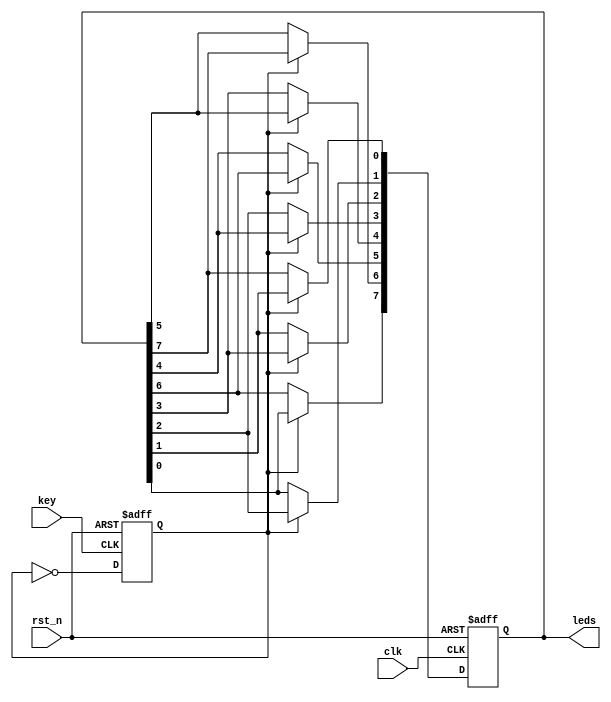
module flowing_led
#(
    parameter LED_WIDTH = 8
)
(
    input wire rst_n,
    input wire clk,
    input wire key,
    output reg[LED_WIDTH-1:0] leds
);

    reg order;

    always @(negedge rst_n, posedge key) begin
        if(!rst_n) order <= 1;
        else 	   order <= ~order;
    end

    always @(negedge rst_n, posedge clk) begin
        if(!rst_n) begin
            leds <= {{(LED_WIDTH){1'b1}},1'b0};
        end
		else if(order) begin
			leds[0] <= leds[1];
			leds[1] <= leds[2];
			leds[2] <= leds[3];
			leds[3] <= leds[4];
			leds[4] <= leds[5];
			leds[5] <= leds[6];
			leds[6] <= leds[7];
			leds[7] <= leds[0];
		end
		else begin
			leds[1] <= leds[0];
			leds[2] <= leds[1];
			leds[3] <= leds[2];
			leds[4] <= leds[3];
			leds[5] <= leds[4];
			leds[6] <= leds[5];
			leds[7] <= leds[6];
			leds[0] <= leds[7];
		end
    end
	
//	always @(negedge rst_n, posedge clk) begin
//        if(!rst_n) begin
//            leds <= {{(LED_WIDTH){1'b1}},1'b0};
//        end
//		else if(order) begin
//			leds <= {leds[LED_WIDTH-2:0],leds[LED_WIDTH-1]};
//		end
//		else begin
//			leds <= {leds[0],leds[LED_WIDTH-1:1]};
//		end
//    end
endmodule